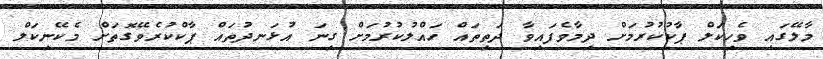
މާލޭގައި ވެހިކަލް ޕާކުކުރުމަށް ދިމާވެފައިވާ ދަތިތައް ހައްލުކުރުމަށް ގިނަ އުޅަނދުތައް ޕާކްކުރެވޭގޮތަށް މެކޭނިކަލް